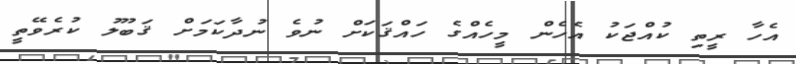
އެހާ ރީތި ކުއްޖަކު އެހެން މީހެއްގެ ހައްޤަކަށް ނުވެ ނުދާކަމަށް ޤަބޫލު ކުރެވޭތީ